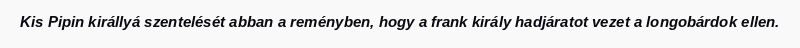
Kis Pipin királlyá szentelését abban a reményben, hogy a frank király hadjáratot vezet a longobárdok ellen.